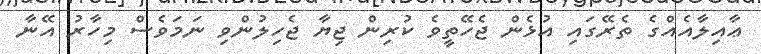
ޢާއިލާއެއްގެ ތެރޭގައި އުޅެން ޖެހޭތީވެ ކުރިން ޖިޔާ ޖެހިލުންވި ނަމަވެސް މިހާރު އޭނާ